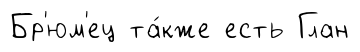
Бр'юм'ец та́кже есть Глан